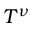
T ^ { \nu }